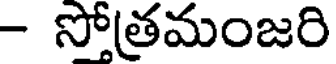
- సోత్రమంజరి